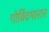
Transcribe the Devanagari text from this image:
गोविंदमारार